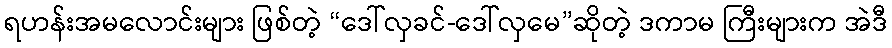
ရဟန်းအမလောင်းများ ဖြစ်တဲ့ “ဒေါ်လှခင်-ဒေါ်လှမေ”ဆိုတဲ့ ဒကာမ ကြီးများက အဲဒီ